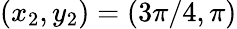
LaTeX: (x_{2},y_{2})=(3\pi/4,\pi)